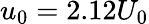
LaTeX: u_{0}=2.12U_{0}